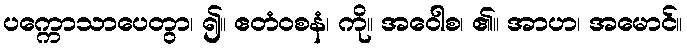
ပက္ကောသာပေတွာ၊ ၍။ ဧတံဝစနံ၊ ကို။ အဝေါစ၊ ၏။ အာဟ၊ အမောင်။